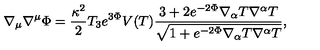
\nabla _ { \mu } \nabla ^ { \mu } \Phi = \frac { \kappa ^ { 2 } } { 2 } T _ { 3 } e ^ { 3 \Phi } V ( T ) \frac { 3 + 2 e ^ { - 2 \Phi } \nabla _ { \alpha } T \nabla ^ { \alpha } T } { \sqrt { 1 + e ^ { - 2 \Phi } \nabla _ { \alpha } T \nabla ^ { \alpha } T } } ,